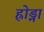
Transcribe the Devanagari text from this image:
ह्रोड्ना